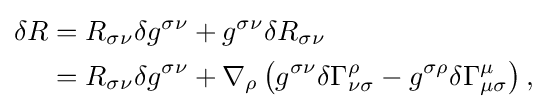
{\begin{aligned}\delta R&=R_{\sigma \nu }\delta g^{\sigma \nu }+g^{\sigma \nu }\delta R_{\sigma \nu }\\&=R_{\sigma \nu }\delta g^{\sigma \nu }+\nabla _{\rho }\left(g^{\sigma \nu }\delta \Gamma _{\nu \sigma }^{\rho }-g^{\sigma \rho }\delta \Gamma _{\mu \sigma }^{\mu }\right),\end{aligned}}